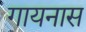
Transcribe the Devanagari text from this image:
गायनास